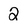
Character: 2